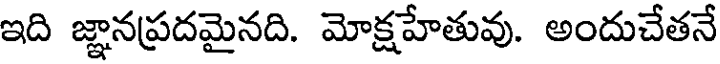
ఇది జ్ఞానప్రదమైనది. మోక్షహేతువు. అందుచేతనే